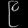
Digit: ၉